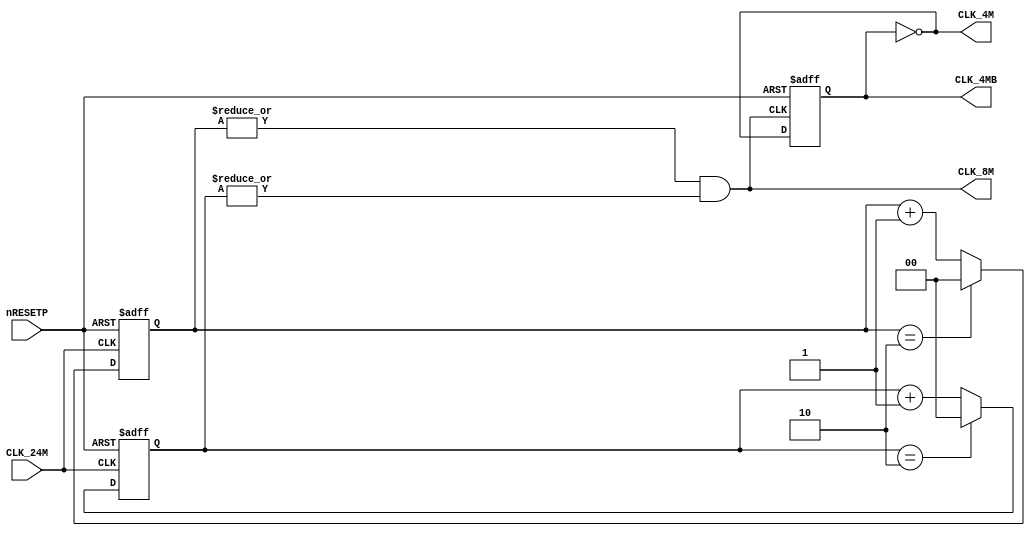
`timescale 1ns/1ns

module lspc2_clk(
	input CLK_24M,
	input nRESETP,
	output CLK_8M,
	output CLK_4M,
	output reg CLK_4MB
);

	reg [1:0] POS_CNT;
	reg [1:0] NEG_CNT;
	
	assign CLK_4M = ~CLK_4MB;
	
	always @(posedge CLK_24M or negedge nRESETP)
	begin
		if (!nRESETP)
			POS_CNT <= 2'b0;
		else
			POS_CNT <= (POS_CNT == 2) ? 2'b0 : POS_CNT + 1'b1;
	end

	always @(negedge CLK_24M or negedge nRESETP)
	begin
		if (!nRESETP)
			NEG_CNT <= 2'b0;
		else
			NEG_CNT <= (NEG_CNT == 2) ? 2'b0 : NEG_CNT + 1'b1;
	end
	
	assign CLK_8M = (|{POS_CNT} && |{NEG_CNT});
	
	always @(negedge CLK_8M or negedge nRESETP)
	begin
		if (!nRESETP)
			CLK_4MB <= 1'b0;
		else
			CLK_4MB = ~CLK_4MB;
	end
	
endmodule